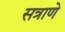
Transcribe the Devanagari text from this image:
सत्राणे